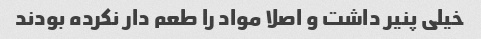
خیلی پنیر داشت و اصلا مواد را طعم دار نکرده بودند